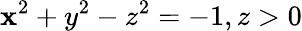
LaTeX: \mathbf{x}^{2}+y^{2}-z^{2}=-1,z>0